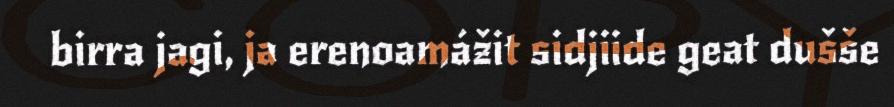
birra jagi, ja erenoamážit sidjiide geat dušše